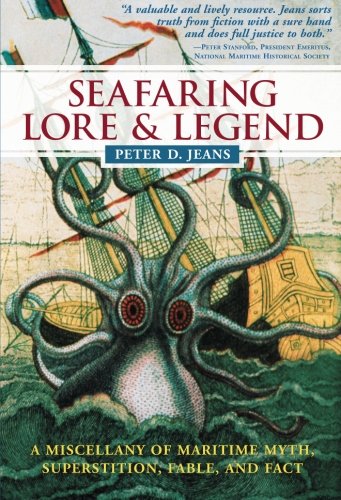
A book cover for Seafaring Lore and Legend; Peter Jeans; Literature & Fiction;